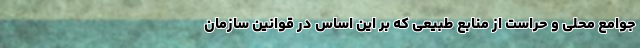
جوامع محلی و حراست از منابع طبیعی که بر این اساس در قوانین سازمان